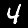
Digit: 4